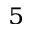
^ 5